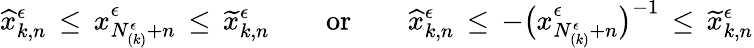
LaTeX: \widehat{x}_{k,n}^{\epsilon}\, \leq\, x_{N_{(k)}^{\epsilon}+n}^{\epsilon}\, \leq\, \widetilde{x}_{k,n}^{\epsilon}\qquad\mathrm{or}\qquad\widehat{x}_{k,n}^{\epsilon}\, \leq\, -\big(x_{N_{(k)}^{\epsilon}+n}^{\epsilon}\big)^{-1}\, \leq\, \widetilde{x}_{k,n}^{\epsilon}